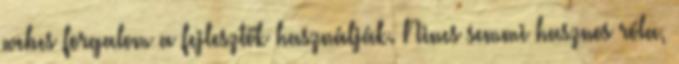
webes forgalom a fejlesztők használják. Nincs semmi hasznos róla,